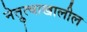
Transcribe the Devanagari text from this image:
नेत्रुत्वाखालील